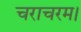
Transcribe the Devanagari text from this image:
चराचरम।